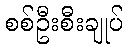
စစ်ဦးစီးချုပ်